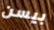
بيسن